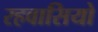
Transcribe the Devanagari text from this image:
रहवासियो